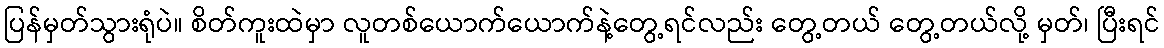
ပြန်မှတ်သွားရုံပဲ။ စိတ်ကူးထဲမှာ လူတစ်ယောက်ယောက်နဲ့တွေ့ရင်လည်း တွေ့တယ် တွေ့တယ်လို့ မှတ်၊ ပြီးရင်